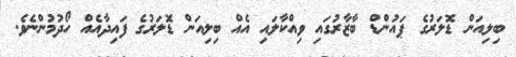
ބިލިއަން ޑޮލަރުގެ ޕައުންޑް ބާޒާރުގައި ވިއްކާލައި އެއް ބިލިއަން ޑޮަލަރުގެ ފައިދާއެއް ހޯދުމުންނެވެ.